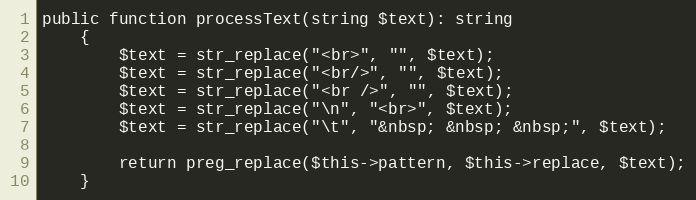
Language: PHP
public function processText(string $text): string
    {
        $text = str_replace("<br>", "", $text);
        $text = str_replace("<br/>", "", $text);
        $text = str_replace("<br />", "", $text);
        $text = str_replace("\n", "<br>", $text);
        $text = str_replace("\t", "&nbsp; &nbsp; &nbsp;", $text);

        return preg_replace($this->pattern, $this->replace, $text);
    }